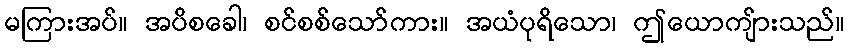
မကြားအပ်။ အပိစခေါ၊ စင်စစ်သော်ကား။ အယံပုရိသော၊ ဤယောကျ်ားသည်။